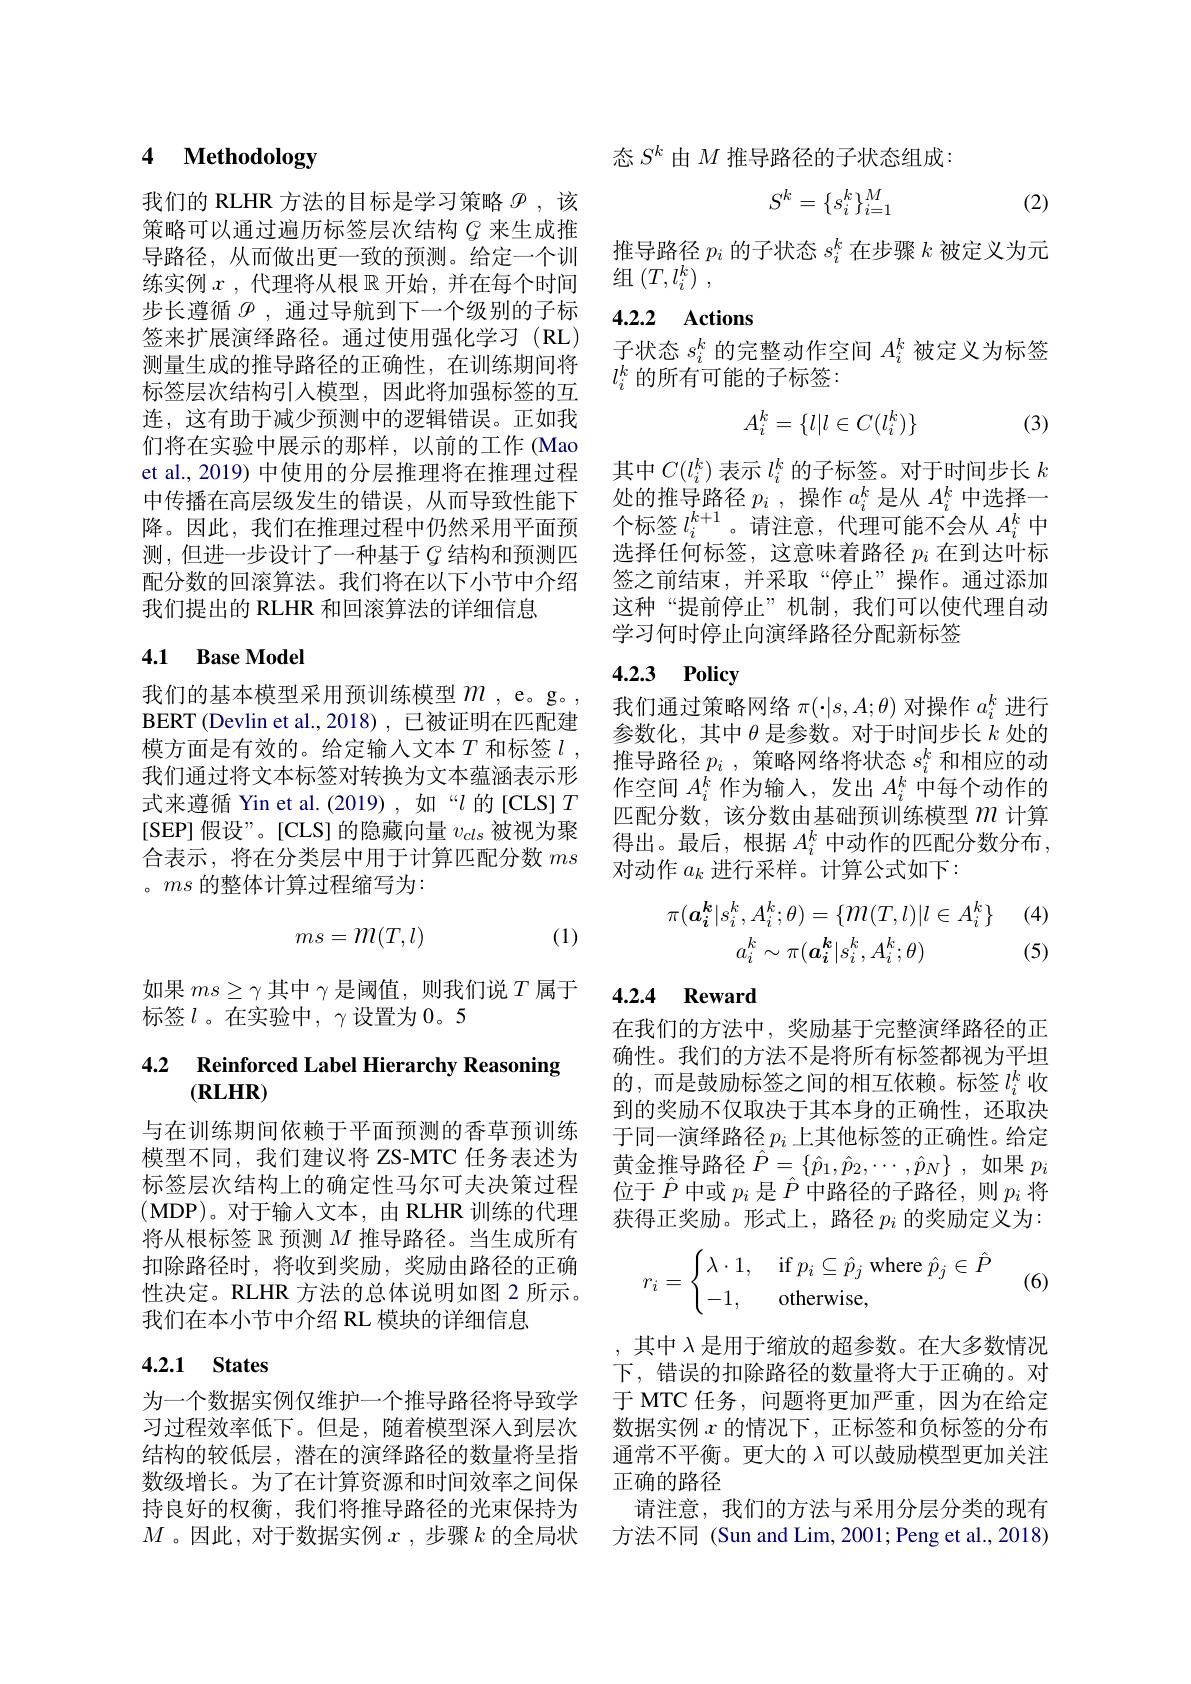
# 4 Methodology

我们的 RLHR 方法的目标是学习策略$\rho$,该策略可以通过遍历标签层次结构$G$来生成推导路径，从而做出更一致的预测。给定一个训练实例$x$,代理将从根$\mathbb{R}$开始，并在每个时间步长遵循$\mathscr{P}$ ,通过导航到下一个级别的子标签来扩展演绎路径。通过使用强化学习(RL) 测量生成的推导路径的正确性，在训练期间将标签层次结构引入模型，因此将加强标签的互连，这有助于减少预测中的逻辑错误。正如我们将在实验中展示的那样，以前的工作 (Mao et al., 2019) 中使用的分层推理将在推理过程中传播在高层级发生的错误，从而导致性能下降。因此，我们在推理过程中仍然采用平面预测，但进一步设计了一种基于$G$ 结构和预测匹配分数的回滚算法。我们将在以下小节中介绍我们提出的 RLHR 和回滚算法的详细信息

### 4.1 Base Model

我们的基本模型采用预训练模型$m$,e。g。, BERT (Devlin et al.,2018), 已被证明在匹配建模方面是有效的。给定输人文本$T$ 和标签 $l$, 我们通过将文本标签对转换为文本蕴涵表示形式来遵循 Yin et al.(2019),如“$l$的[CLS]$T$ [SEP]假设”。[CLS]的隐藏向量$v_cls$被视为聚合表示，将在分类层中用于计算匹配分数$ms$ 。$ms$的整体计算过程缩写为：

(1)
$$ms=m(T,l)$$
如果$ms\geq\gamma$其中$\gamma$是阈值，则我们说$T$属于
标签$l$ 。在实验中，$\gamma$设置为0。5

# 4.2 Reinforced Label Hierarchy Reasoning

与在训练期间依赖于平面预测的香草预训练模型不同，我们建议将 ZS-MTC 任务表述为标签层次结构上的确定性马尔可夫决策过程(MDP)。对于输人文本，由RLHR 训练的代理将从根标签$\mathbb{R}$预测$M$推导路径。当生成所有扣除路径时，将收到奖励，奖励由路径的正确性决定。RLHR 方法的总体说明如图 2 所示。我们在本小节中介绍 RL 模块的详细信息

## 4.2.1 States

为一个数据实例仅维护一个推导路径将导致学

态$S^k$由$M$推导路径的子状态组成：
$$S^k=\{s_i^k\}_{i=1}^M$$
(2)

推导路径$p_i$的子状态$s_i^k$在步骤$k$被定义为元
组$( T, l_{i}^{k})$ ,

## 4.2.2 Actions

子状态$s_i^k$的完整动作空间$A_i^k$被定义为标签
$l_i^k$的所有可能的子标签：

(3)
$$A_i^k=\{l|l\in C(l_i^k)\}$$
其中$C(l_i^k)$表示$l_i^k$的子标签。对于时间步长$k$ 处的推导路径$p_i$ ,操作$a_i^k$是从$A_i^k$中选择一个标签$l_i^{k+1}$。请注意，代理可能不会从$A_i^k$中选择任何标签，这意味着路径$p_i$在到达叶标签之前结束，并采取“停止”操作。通过添加这种“提前停止”机制，我们可以使代理自动学习何时停止向演绎路径分配新标签

# 4.2.3 Policy

我们通过策略网络$\pi(\cdot|s,A;\theta)$对操作$a_i^k$进行参数化，其中$\theta$是参数。对于时间步长$k$处的推导路径$p_i$ , 策略网络将状态$s_i^k$和相应的动作空间$A_i^k$作为输入，发出$A_i^k$中每个动作的匹配分数，该分数由基础预训练模型$m$ 计算得出。最后，根据$A_i^k$中动作的匹配分数分布， 对动作$a_k$进行采样。计算公式如下：

(4)
$$\pi(\boldsymbol{a}_{\boldsymbol{i}}^{\boldsymbol{k}}|s_{i}^{k},A_{i}^{k};\theta)=\{m(T,l)|l\in A_{i}^{k}\}\\a_{i}^{k}\sim\pi(\boldsymbol{a}_{\boldsymbol{i}}^{\boldsymbol{k}}|s_{i}^{k},A_{i}^{k};\theta)$$
(5)

## 4.2.4 Reward

在我们的方法中，奖励基于完整演绎路径的正确性。我们的方法不是将所有标签都视为平坦的，而是鼓励标签之间的相互依赖。标签$l_i^k$收到的奖励不仅取决于其本身的正确性，还取决于同一演绎路径$p_i$ 上其他标签的正确性。给定黄金推导路径$\hat{P} = \{ \hat{p} _1, \hat{p} _2, \cdots , \hat{p} _N\}$ ,如果$p_i$ 位于$\hat{P}$中或$p_i$是$\hat{P}$中路径的子路径，则$p_i$将获得正奖励。形式上，路径$p_i$的奖励定义为：
$$r_i=\begin{cases}\lambda\cdot1,&\text{if}p_i\subseteq\hat p_j\text{where}\hat p_j\in\hat P\\-1,&\text{otherwise},\end{cases}$$
(6)

,其中$\lambda$是用于缩放的超参数。在大多数情况下，错误的扣除路径的数量将大于正确的。对于 MTC 任务，问题将更加严重，因为在给定
习过程效率低下。但是，随着模型深人到层次 数据实例$x$的情况下，正标签和负标签的分布结构的较低层，潜在的演绎路径的数量将呈指 通常不平衡。更大的 λ 可以鼓励模型更加关注数级增长。为了在计算资源和时间效率之间保 正确的路径
持良好的权衡，我们将推导路径的光束保持为  请注意，我们的方法与采用分层分类的现有$M$ 。因此，对于数据实例$x$ ,步骤$k$的全局状  方法不同 (Sun and Lim, 2001; Peng et al., 2018)